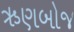
ઋણબોજ